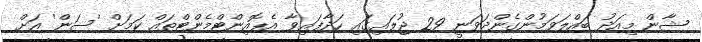
ޝާން މިއަދު ބައްލަވަމުންގެންދަވަނީ 29 ޖުލައިގައި ހަދާފައިވާ އެޕޮއިންޓްމެންޓްތައް ކަމަށް 'ސަން' އަށް